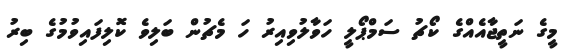
މީގެ ނަތީޖާއެއްގެ ކޯޗު ސަމްޕޯލީ ހަވާލުވިއިރު ހަ މެޗުން ބަލިވެ ކޮލިފައިވުމުގެ ބިރު